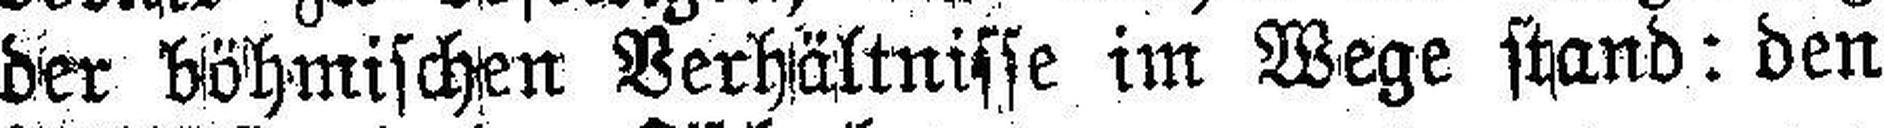
der böhmischen Verhältnisse im Wege stand: den